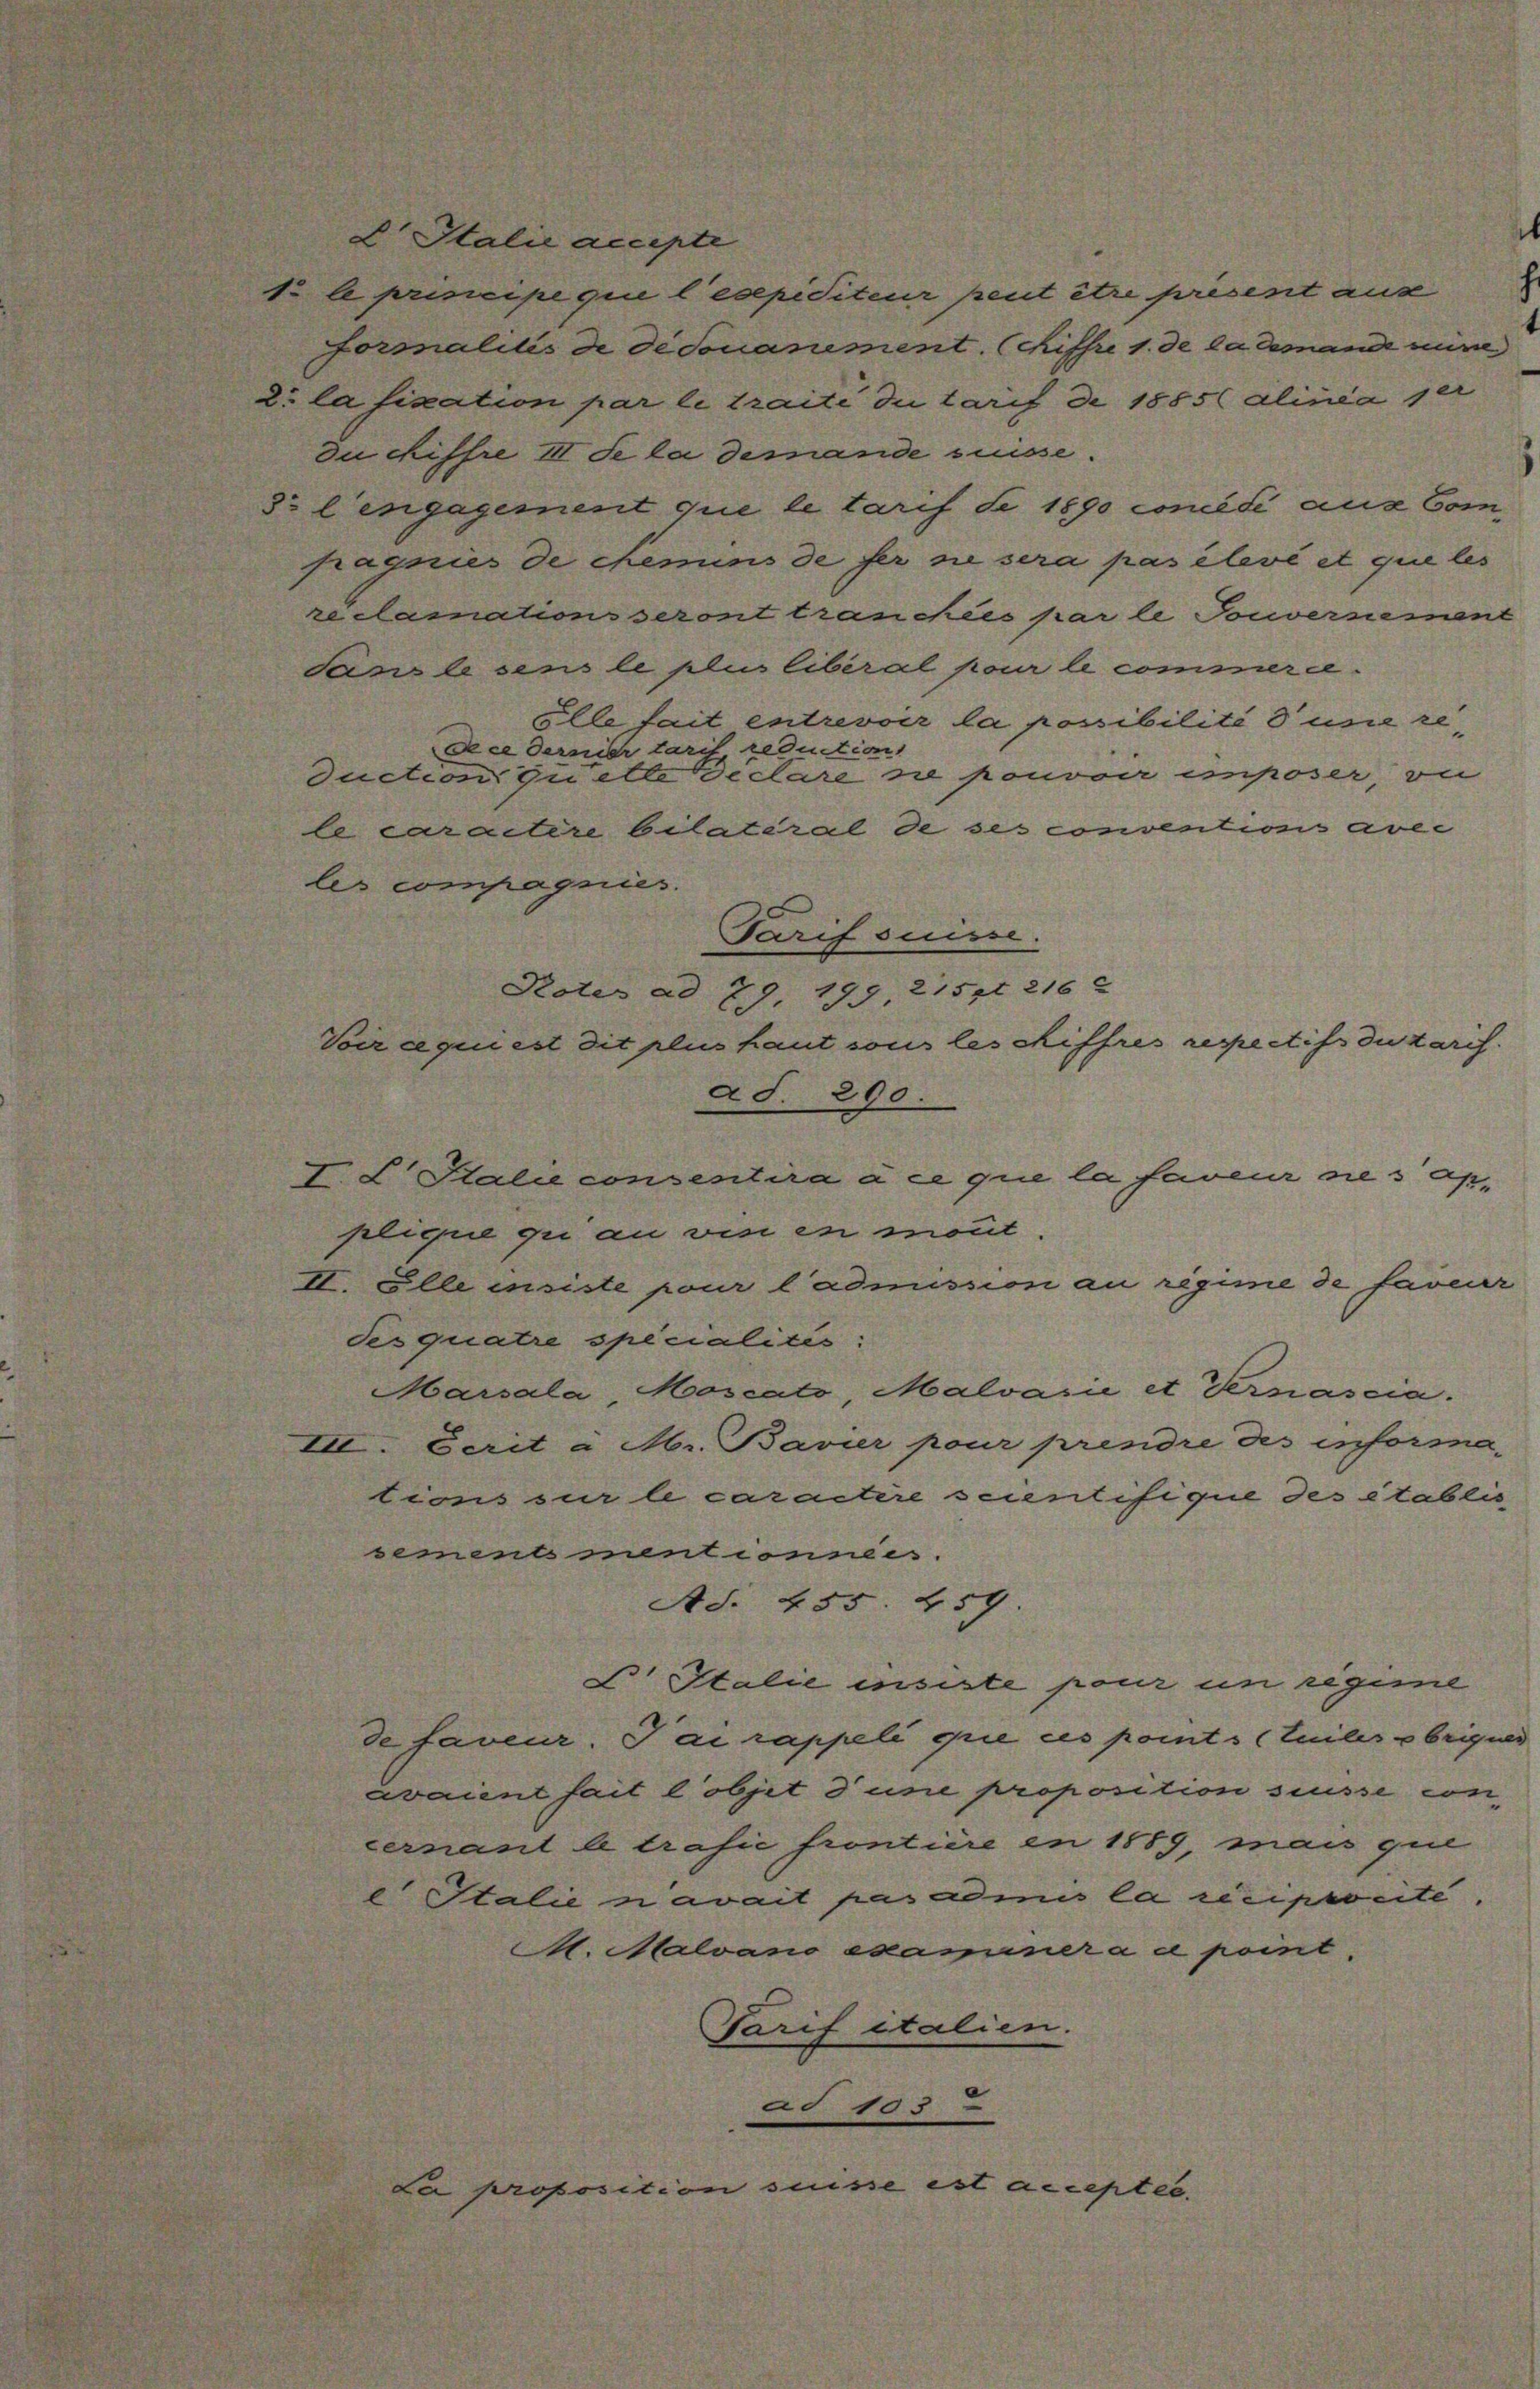
Italie accepte
1. le principe qui lesepiditeur peut être présent aus
Formalités de de donaniment. (Kiffre 1. de la demande mine
2 lafikation par le traite di tarif de 1885 alinia 1
du chiffre III. Se la demande suisse.
1o l’engagement que le tarif de 1890 concédé aus Compragnier de chemins de ser zu sera pas élevé et que les
reclamations seront tranchées par le Tonversement
Jans le sens le plius liberal pour le commern.
Elle fait entrevoir la possibilité d’une redecedernier taris, reduction
duction quelle déclare ne pouvoir imposer, zu
le caractere Cilateral de ses conventions avec
les compagnies
Tarif suisse.
Roter ad 79. 199, 2157t 216
Voir aqui est dit plus haut sous les chiffres respectifs duzarch.
aS. 290.
I. L. Stalie consentira à ce que la faveur dies applique qui an visi in mont.
II. Elle insiste pour l’admission au regime de faveur
desquatre specialités:
Marsala Moscato, Malvarii et Vernascia.
2. Serit à Mr. Bavier pour prendre des informa-
tions sur le caractère scientifique des établis
sement mentionnées.
Ad. 455. 259.
B. Italie insiste pour un regime
de faveur. Tai rappeli orie ces points (Tuiles abriques
avaient fait l’objet d’une proposition süsse con
cernant le trafie frontiere in 1889, mais que
Italien avait pas admis la réciprocité.
M. Mlvano examinera a point.
Tarif italien.
ad 103
La proposition suisse ist accepter.